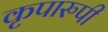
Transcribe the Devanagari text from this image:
कृपारुपी